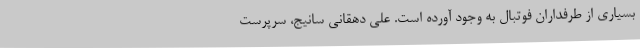
بسیاری از طرفداران فوتبال به وجود آورده است. علی دهقانی سانیج، سرپرست